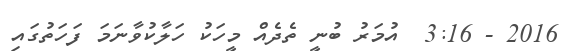
2016 - 3:16  އުމަރު ބުނީ ތެދެއް މީހަކު ހަލާކުވާނަމަ ފަހަތުގައި